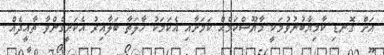
އަށް ގޮނޑި ކާމިޔާބުނުވުމަކީ މާޔޫސްކަމެއް ކަމަށާއި އެކަމަކު ހާލަތާ ބަލާއިރު އެކަށީގެންވާ ތާއީދެއް